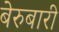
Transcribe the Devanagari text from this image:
बेरुबारी